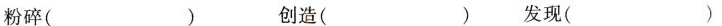
粉碎（）创造（）发现（）